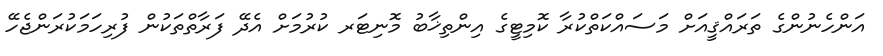
އަންހެނުންގެ ތަރައްޤީއަށް މަސައްކަތްކުރާ ކޮމިޓީގެ އިންތިޚާބު މޮނިޓަރ ކުރުމަށް އެދޭ ފަރާތްތަކުން ފުރިހަމަކުރަންޖެހޭ